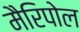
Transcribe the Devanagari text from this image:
मैरिपोल